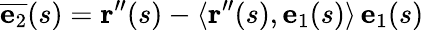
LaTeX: {\overline{{\mathbf{e}_{2}}}}(s)=\mathbf{r}^{\prime\prime}(s)-\langle\mathbf{r}^{\prime\prime}(s),\mathbf{e}_{1}(s)\rangle\, \mathbf{e}_{1}(s)